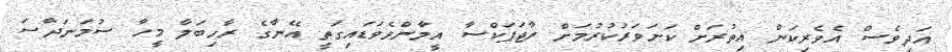
އަދިވެސް އެވެރިކަން އިތުރަށް ކަށަވަރުކުރުމަށް ރާޖަޕަކްސާ އީމާންވެވަޑައިގަތީ އޭނާގެ ރާހިބަލާ މީހާ ސުމަނަދާސަ